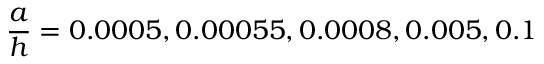
\frac { a } { h } = 0 . 0 0 0 5 , 0 . 0 0 0 5 5 , 0 . 0 0 0 8 , 0 . 0 0 5 , 0 . 1